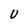
Character: U